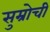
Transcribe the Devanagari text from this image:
सुम्रोची